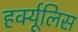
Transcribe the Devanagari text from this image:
हर्क्यूलिस